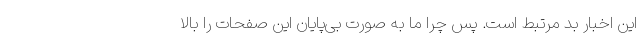
این اخبار بد مرتبط است. پس چرا ما به صورت بی‌پایان این صفحات را بالا